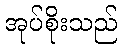
အုပ်စိုးသည်